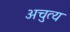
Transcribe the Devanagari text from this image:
अचुत्य